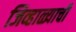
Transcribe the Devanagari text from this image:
जिव्हाळ्याची